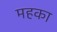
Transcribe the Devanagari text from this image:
महका